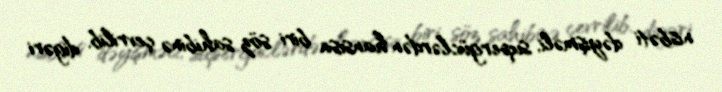
nisbəti dəyişməli, supergüclərdən hansısa biri söz sahibinə çevrilib, digəri